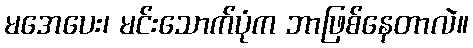
မအေပေး၊ မင်းသောက်ပုံက ဘာဖြစ်နေတာလဲ။